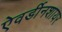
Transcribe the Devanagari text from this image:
ऐवर्डीनशायर